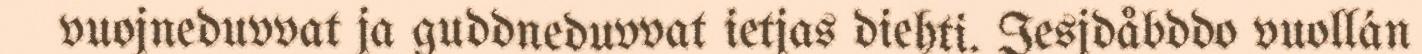
vuojneduvvat ja guddneduvvat ietjas diehti. Iesjdåbddo vuollán